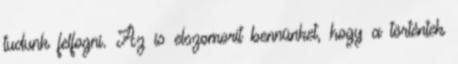
tudunk felfogni. Az is elszomorít bennünket, hogy a történtek